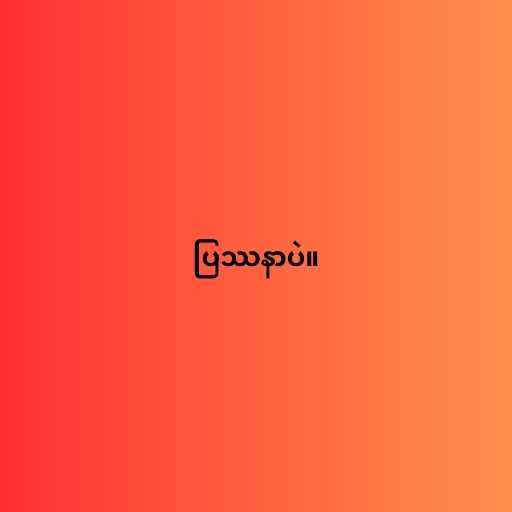
ပြဿနာပဲ။